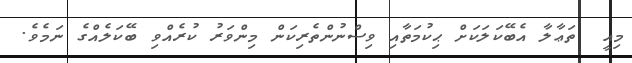
މިއީ  ތަޢާލާ އެބޭކަލަކަށް ޙިކުމަތާއި ވިސްނުންތެރިކަން މިންވަރު ކުރެއްވި ބޭކަލެއްގެ ނަމެވެ.